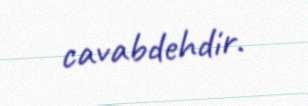
cavabdehdir.